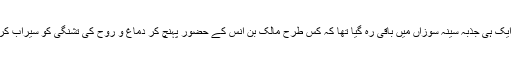
اب ایک ہی جذبہ سینۂ سوزاں میں باقی رہ گیا تھا کہ کس طرح مالک بن انسؓ کے حضور پہنچ کر دماغ و روح کی تشنگی کو سیراب کریں۔